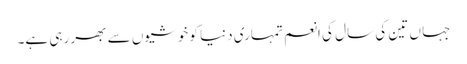
جہا ں تین کی سال کی انعم تمہاری دنیا کو خوشیوں سے بھر رہی ہے۔